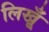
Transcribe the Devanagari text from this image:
लिखूँ